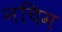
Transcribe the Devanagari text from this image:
नचिम